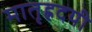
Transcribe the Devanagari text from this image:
मातृह्रदयी